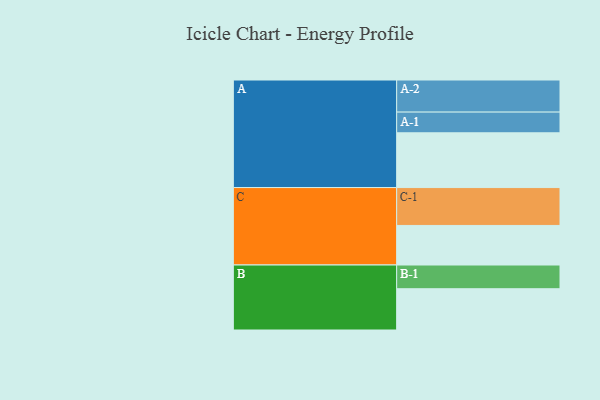
{"axis": {"x": "Segment", "y": "Value"}, "legend": ["", "A", "B", "C"], "data": [{"x": "A", "y": 418, "type": ""}, {"x": "B", "y": 315, "type": ""}, {"x": "C", "y": 302, "type": ""}, {"x": "A-1", "y": 158, "type": "A"}, {"x": "A-2", "y": 245, "type": "A"}, {"x": "B-1", "y": 181, "type": "B"}, {"x": "C-1", "y": 289, "type": "C"}]}